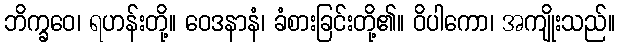
ဘိက္ခဝေ၊ ရဟန်းတို့။ ဝေဒနာနံ၊ ခံစားခြင်းတို့၏။ ဝိပါကော၊ အကျိုးသည်။